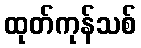
ထုတ်ကုန်သစ်